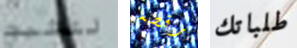
لتثبت رقصه طلباتك